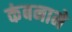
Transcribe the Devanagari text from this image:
कंबनाने